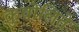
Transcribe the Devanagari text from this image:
कुवोलिते